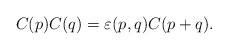
\begin{align*}C(p)C(q)=\varepsilon(p,q)C(p+q).\end{align*}